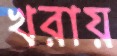
খরায়